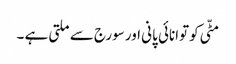
مٹّی کو توانائی پانی اور سورج سے ملتی ہے ۔